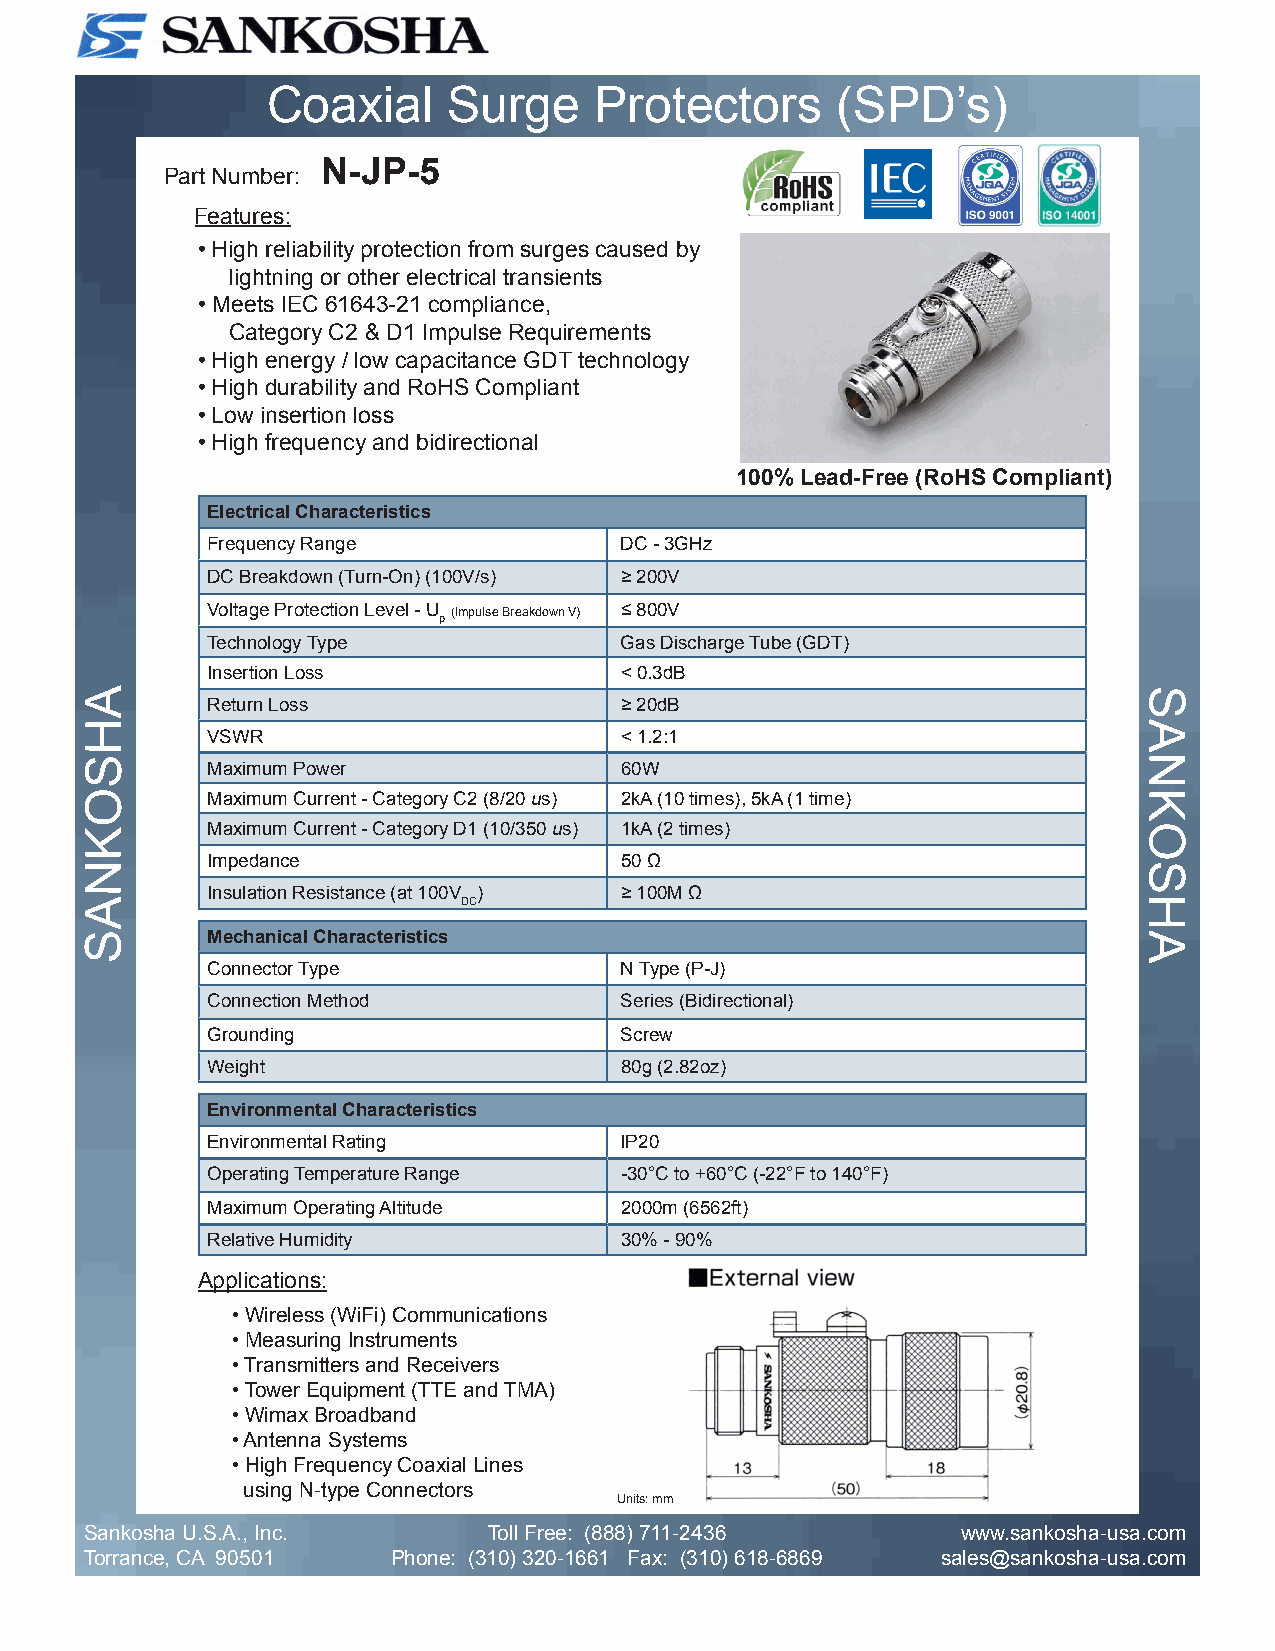
Coaxial     Surge    Protectors      (SPD’s)
 N-JP-5
 Part Number:
 Features:
 • High reliability protection from surges caused by
 lightning or other electrical transients
 • Meets IEC 61643-21 compliance,
 Category C2 & D1 Impulse Requirements
 • High energy / low capacitance GDT technology
 • High durability and RoHS Compliant
 • Low insertion loss
 • High frequency and bidirectional
 100% Lead-Free (RoHS Compliant)
 Electrical Characteristics
 Frequency Range            DC - 3GHz
 DC Breakdown (Turn-On) (100V/s) ≥ 200V
 Voltage Protection Level - U (Impulse Breakdown V) ≤ 800V
 p
 Technology Type            Gas Discharge Tube (GDT)
 Insertion Loss             < 0.3dB
 A                                                                    S
 Return Loss                ≥ 20dB
 H                                                                    A
 VSWR                       < 1.2:1
 S                                                                    N
 Maximum Power              60W
 O       Maximum Current - Category C2 (8/20 us) 2kA (10 times), 5kA (1 time) K
 K       Maximum Current - Category D1 (10/350 us) 1kA (2 times)      O
 N       Impedance                  50 Ω                              S
 Insulation Resistance (at 100V ) ≥ 100M Ω
 A                        DC                                          H
 S       Mechanical Characteristics                                   A
 Connector Type             N Type (P-J)
 Connection Method          Series (Bidirectional)
 Grounding                  Screw
 Weight                     80g (2.82oz)
 Environmental Characteristics
 Environmental Rating       IP20
 Operating Temperature Range -30°C to +60°C (-22°F to 140°F)
 Maximum Operating Altitude 2000m (6562ft)
 Relative Humidity          30% - 90%
 Applications:
 • Wireless (WiFi) Communications
 • Measuring Instruments
 • Transmitters and Receivers
 • Tower Equipment (TTE and TMA)
 • Wimax Broadband
 • Antenna Systems
 • High Frequency Coaxial Lines
 using N-type Connectors
 Units: mm
 Sankosha U.S.A., Inc.     Toll Free: (888) 711-2436       www.sankosha-usa.com
 Torrance, CA 90501  Phone: (310) 320-1661 Fax: (310) 618-6869 sales@sankosha-usa.com